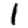
Digit: 1